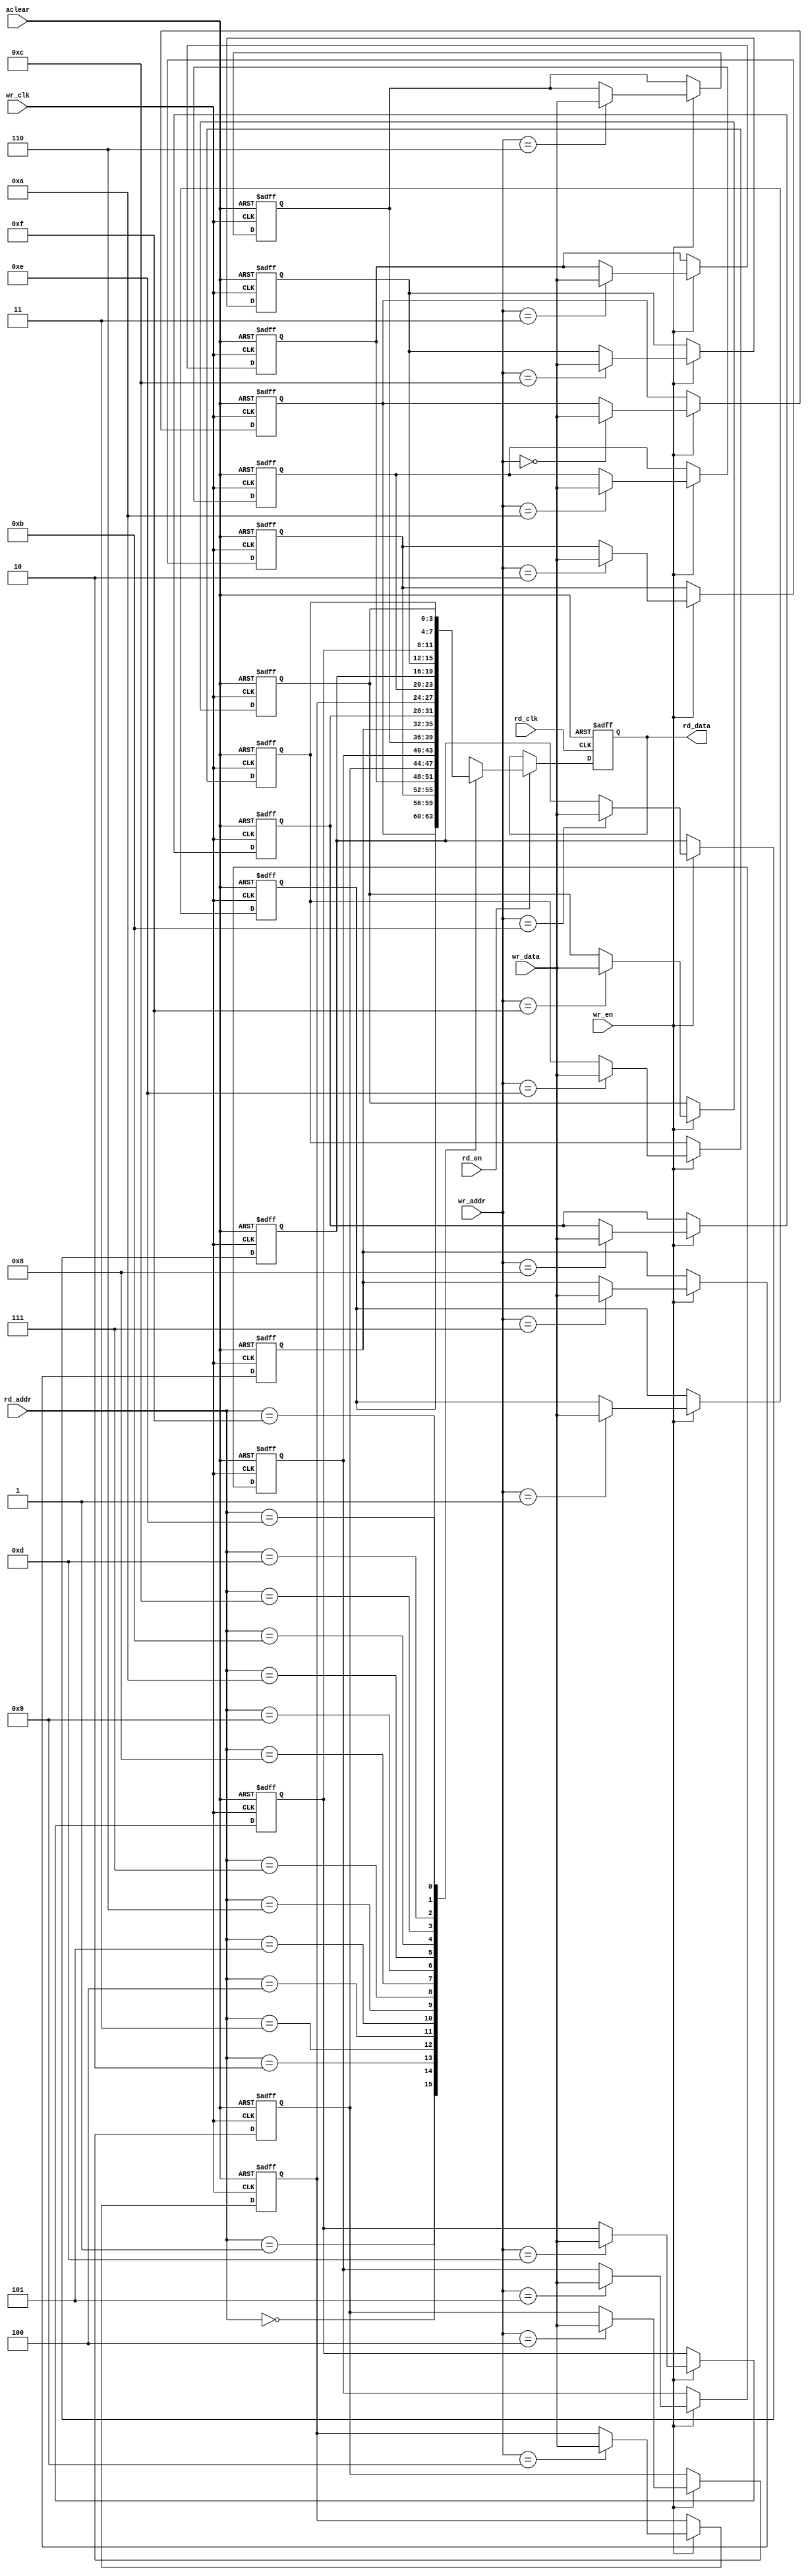
//Function	: dual-port ram
module ram #(
    parameter DEPTH = 16,
    parameter DATA_WIDTH = 4,
    parameter ADDR_WIDTH = 4
)
(
//write channel
    input   wr_clk,
    input   aclear,
    input   wr_en,
    input   [ADDR_WIDTH - 1:0]   wr_addr,
    input   [DATA_WIDTH - 1:0]   wr_data,
//read channel
    input   rd_clk,
    input   rd_en,
    input   [ADDR_WIDTH - 1:0]   rd_addr,
    output reg   [DATA_WIDTH - 1:0]   rd_data
);
//ram module
reg [DATA_WIDTH-1:0] mem [0:DEPTH-1];
//write
integer i;
always @(posedge wr_clk, negedge aclear) begin
    if(!aclear)
        begin
            for(i = 0; i < DEPTH; i = i + 1)
                mem[i] <= 1'b0;
        end
    else if (wr_en)
        mem[wr_addr] <= wr_data;
end
//read
always @(posedge rd_clk, negedge aclear) begin
    if(!aclear)
	rd_data <= 0;
    else if (rd_en)
        rd_data <= mem[rd_addr];
end
endmodule